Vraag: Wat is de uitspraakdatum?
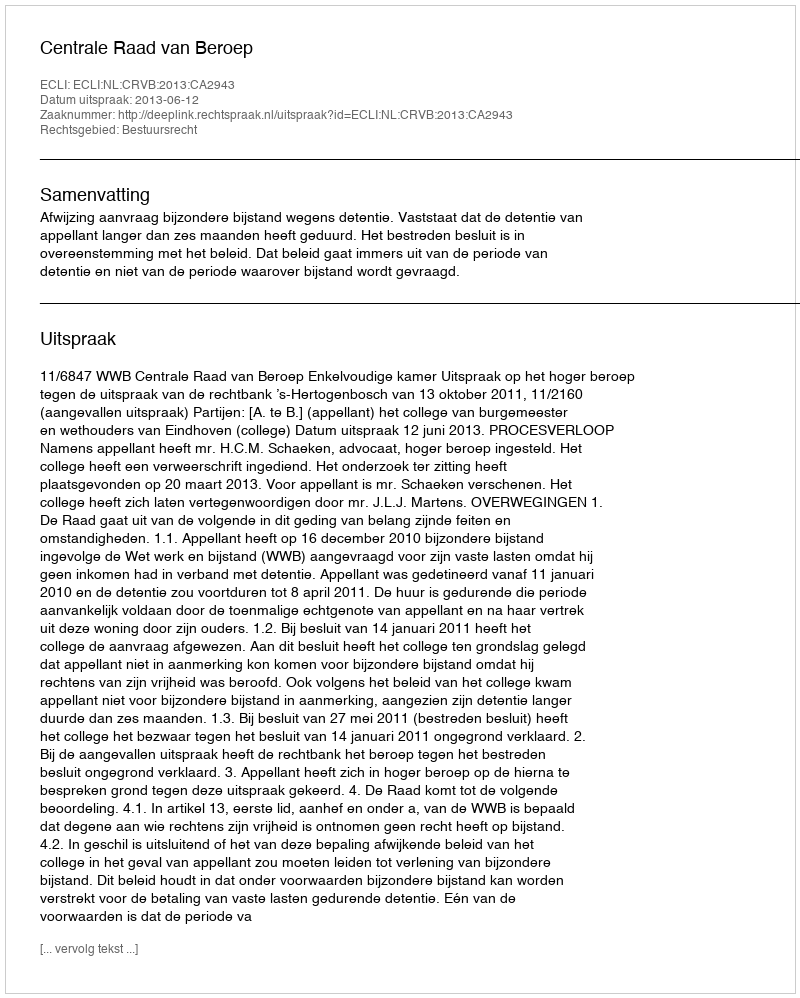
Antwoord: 2013-06-12